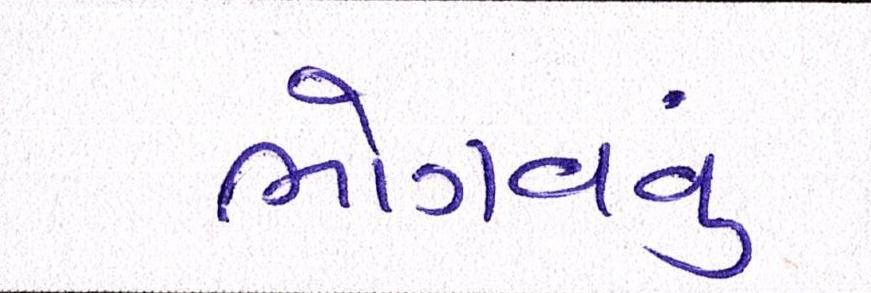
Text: ભોગવવું